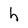
Character: h